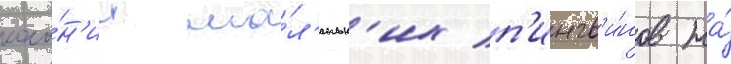
коло́н'ии ма́л'еньк'их п'ингв'и́нов на́